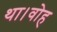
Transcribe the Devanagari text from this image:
था।वोह